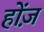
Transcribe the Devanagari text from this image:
होंज़